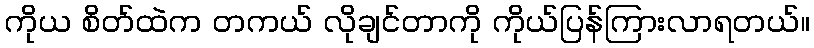
ကိုယ စိတ်ထဲက တကယ် လိုချင်တာကို ကိုယ်ပြန်ကြားလာရတယ်။